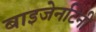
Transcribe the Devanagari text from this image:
बाइजेनटिनी